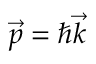
{ \vec { p } } = \hbar { \vec { k } }